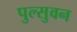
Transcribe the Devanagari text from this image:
पुल्सुवन